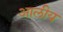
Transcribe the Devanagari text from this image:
आलीय